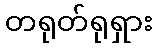
တရုတ်ရုရှား